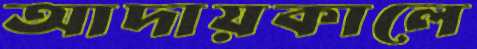
আদায়কালে